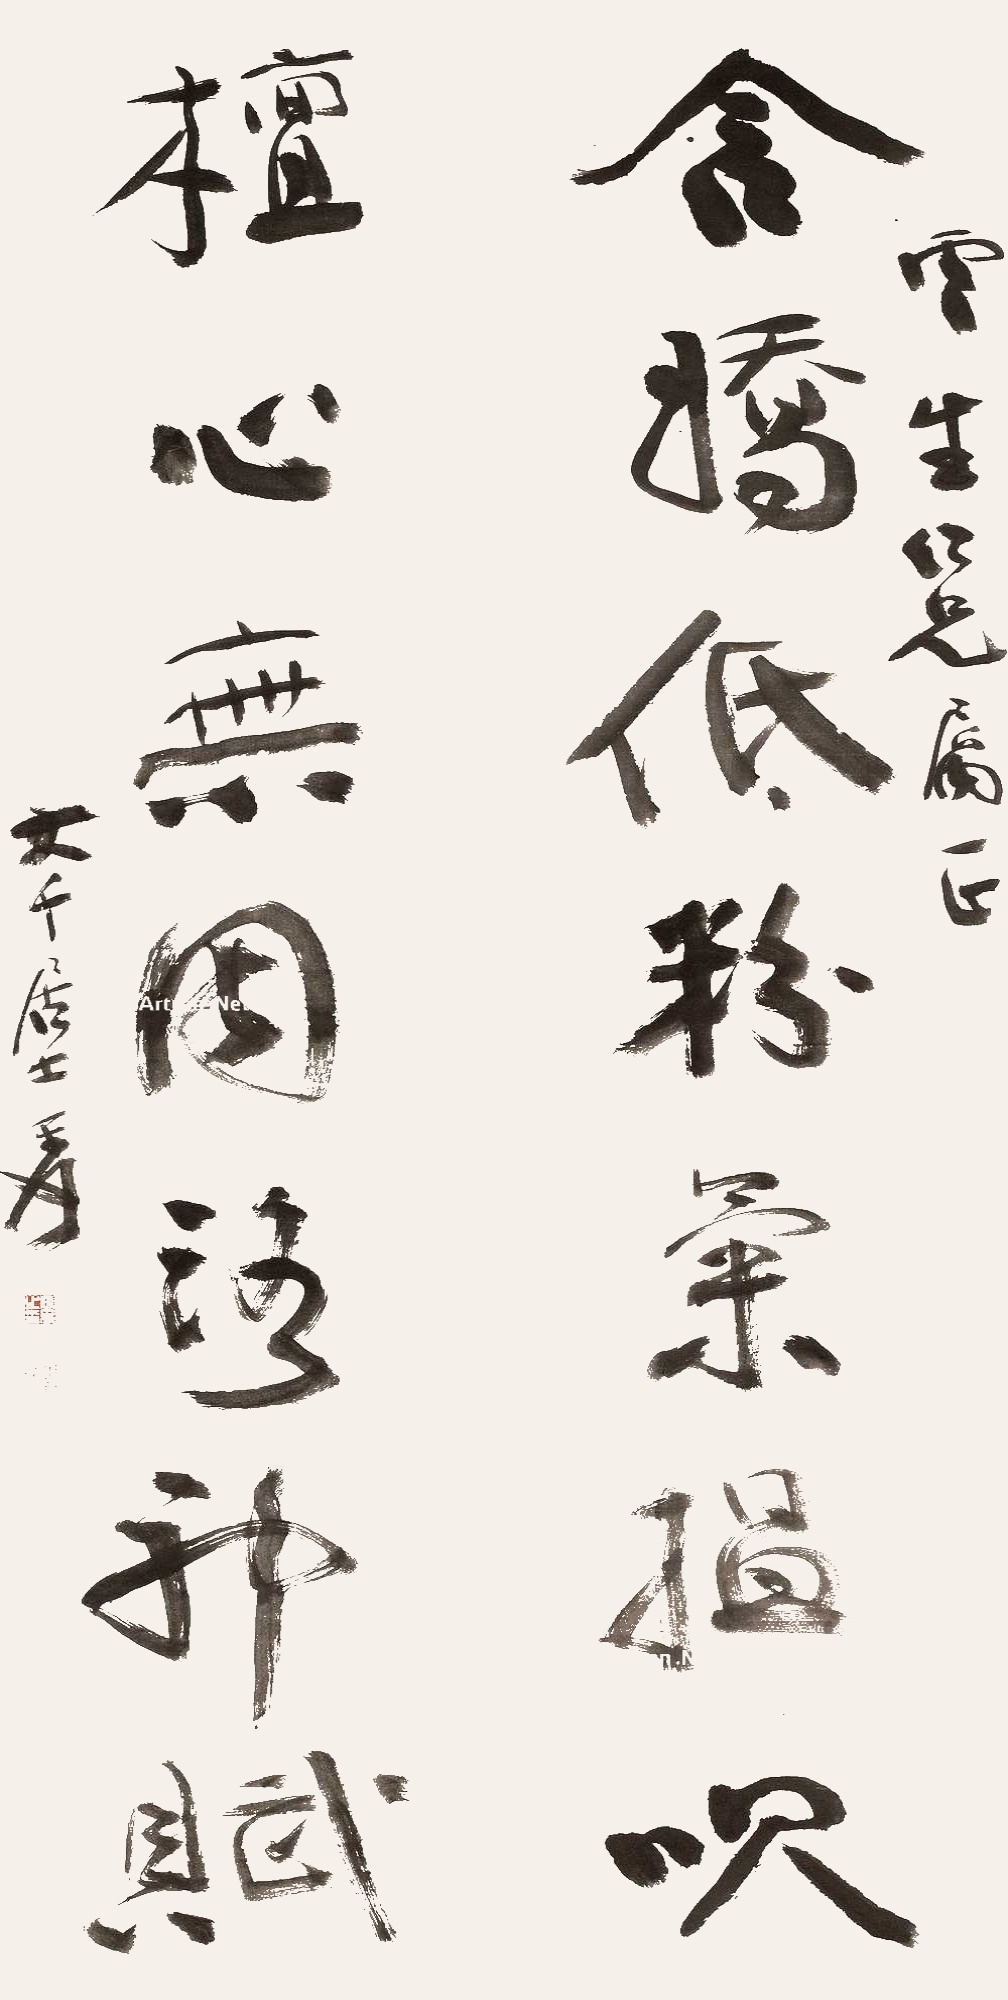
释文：含娇低粉气揾吹，檀心无因洛神赋。云生仁兄属正，大千居士爰。